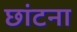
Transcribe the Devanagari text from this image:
छांटना